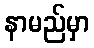
နာမည်မှာ